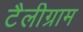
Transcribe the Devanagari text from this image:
टैलीग्राम